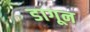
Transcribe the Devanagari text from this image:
डागून